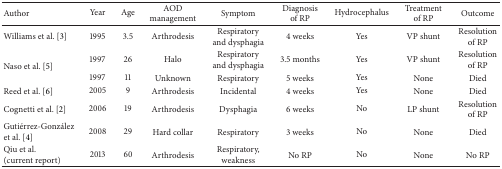
<table><thead><tr><td><b>Author</b></td><td><b>Year</b></td><td><b>Age</b></td><td><b>AOD management</b></td><td><b>Symptom</b></td><td><b>Diagnosis of RP</b></td><td><b>Hydrocephalus</b></td><td><b>Treatment of RP</b></td><td><b>Outcome</b></td></tr></thead><tbody><tr><td>Williams et al. [3]</td><td>1995</td><td>3.5</td><td>Arthrodesis</td><td>Respiratory and dysphagia</td><td>4 weeks</td><td>Yes</td><td>VP shunt</td><td>Resolution of RP</td></tr><tr><td rowspan="2">Naso et al. [5]</td><td>1997</td><td>26</td><td>Halo</td><td>Respiratory and dysphagia</td><td>3.5 months</td><td>Yes</td><td>VP shunt</td><td>Resolution of RP</td></tr><tr><td>1997</td><td>11</td><td>Unknown</td><td>Respiratory</td><td>5 weeks</td><td>Yes</td><td>None</td><td>Died</td></tr><tr><td>Reed et al. [6]</td><td>2005</td><td>9</td><td>Arthrodesis</td><td>Incidental</td><td>4 weeks</td><td>Yes</td><td>None</td><td>Died</td></tr><tr><td>Cognetti et al. [2]</td><td>2006</td><td>19</td><td>Arthrodesis</td><td>Dysphagia</td><td>6 weeks</td><td>No</td><td>LP shunt</td><td>Resolution of RP</td></tr><tr><td>Gutiérrez-González et al. [4] </td><td>2008</td><td>29</td><td>Hard collar</td><td>Respiratory</td><td>3 weeks</td><td>No</td><td>None</td><td>Died</td></tr><tr><td>Qiu et al.(current report)</td><td>2013</td><td>60</td><td>Arthrodesis</td><td>Respiratory, weakness</td><td>No RP</td><td>No</td><td>None</td><td>No RP</td></tr></tbody></table>